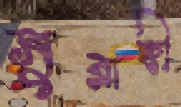
সুরাহী